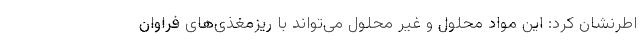
اطرنشان کرد: این مواد محلول و غیر محلول می‌تواند با ریزمغذی‌های فراوان